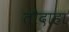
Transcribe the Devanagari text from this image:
तौदाहा